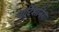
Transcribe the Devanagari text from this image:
पार्टिशनिंग